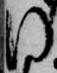
同